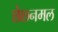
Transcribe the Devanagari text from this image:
छेछनमल